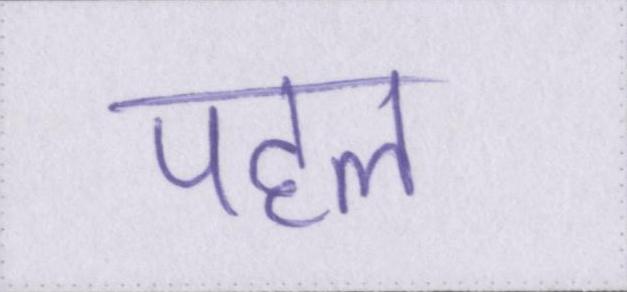
पहल